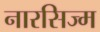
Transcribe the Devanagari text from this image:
नारसिज्म